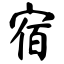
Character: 宿